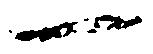
一